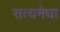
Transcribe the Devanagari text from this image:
सत्यमेधा